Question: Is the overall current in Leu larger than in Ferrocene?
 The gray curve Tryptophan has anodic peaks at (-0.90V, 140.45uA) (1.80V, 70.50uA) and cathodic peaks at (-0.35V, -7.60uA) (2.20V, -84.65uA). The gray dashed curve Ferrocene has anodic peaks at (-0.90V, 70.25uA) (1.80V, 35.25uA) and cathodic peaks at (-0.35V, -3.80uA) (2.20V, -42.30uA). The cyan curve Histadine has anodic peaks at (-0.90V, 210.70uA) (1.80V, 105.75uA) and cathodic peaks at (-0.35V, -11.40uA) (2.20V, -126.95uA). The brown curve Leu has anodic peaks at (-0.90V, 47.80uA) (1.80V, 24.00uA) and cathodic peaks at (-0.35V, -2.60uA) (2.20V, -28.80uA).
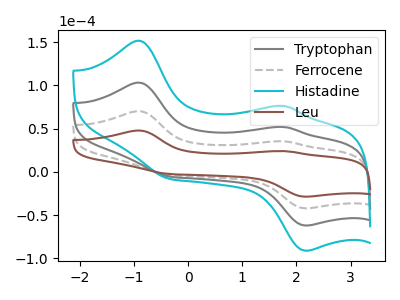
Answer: <think>All the peaks in "Leu" have a peak in "Ferrocene" at the same potential. Every peak in "Leu" is lower than every peak in "Ferrocene".
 </think>
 <answer>"Leu" has less signal than "Ferrocene".</answer>
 <eval>less_signal</eval>